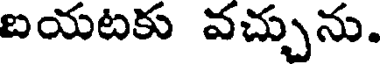
బయటకు వచ్చును.